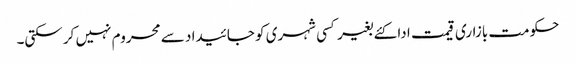
حکومت بازاری قیمت ادا کئے بغیر کسی شہری کو جائیدا د سے محروم نہیں کر سکتی۔